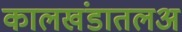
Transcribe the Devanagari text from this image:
कालखंडातलअ